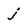
Character: j